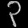
Digit: ၃